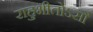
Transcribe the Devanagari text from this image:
राहुभीतोऽसौ